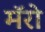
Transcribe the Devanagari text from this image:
मॅरो